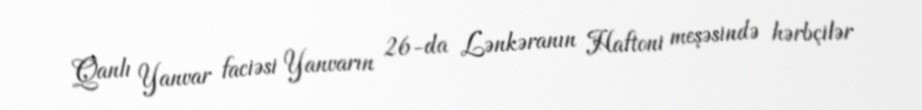
Qanlı Yanvar faciəsi Yanvarın 26-da Lənkəranın Haftoni meşəsində hərbçilər